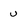
Character: u